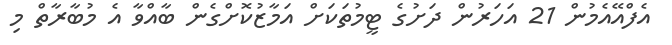
އެފްއޭއެމުން 21 އަހަރުން ދަށުގެ ޓީމުތަކަށް އަމާޒުކޮށްގެން ބާއްވާ އެ މުބާރާތް މި